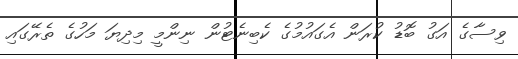
ވިސާގެ އަގު ބޮޑު ކުރަން އެގައުމުގެ ކެބިނެޓުން ނިންމީ މިދިޔަ މަހުގެ ތެރޭގައި